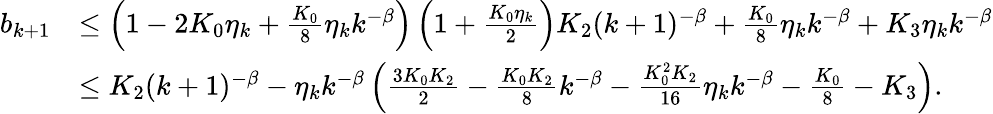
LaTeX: \begin{array}{rl}{b_{k+1}}&{\leq\left(1-2K_{0}\eta_{k}+\frac{K_{0}}{8}\eta_{k}k^{-\beta}\right)\left(1+\frac{K_{0}\eta_{k}}{2}\right)K_{2}(k+1)^{-\beta}+\frac{K_{0}}{8}\eta_{k}k^{-\beta}+K_{3}\eta_{k}k^{-\beta}}\\ &{\leq K_{2}(k+1)^{-\beta}-\eta_{k}k^{-\beta}\left(\frac{3K_{0}K_{2}}{2}-\frac{K_{0}K_{2}}{8}k^{-\beta}-\frac{K_{0}^{2}K_{2}}{16}\eta_{k}k^{-\beta}-\frac{K_{0}}{8}-K_{3}\right).}\end{array}